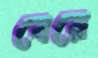
বেরে